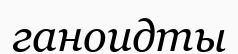
ганоидты